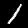
Digit: 1